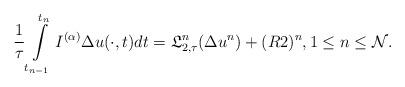
LaTeX: \begin{align*} \frac{1}{\tau}\int\limits_{t_{n-1}}^{t_{n}}I^{(\alpha)}\Delta u(\cdot,t)dt= \mathfrak{L}_{2,\tau}^{n}(\Delta u^{n})+(R2)^{n}, 1\leq n \leq \mathcal{N}. \end{align*}